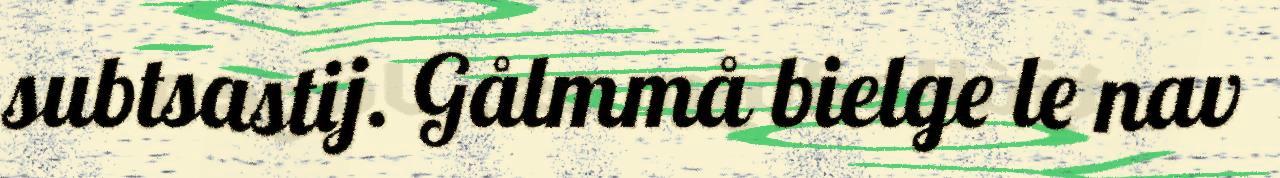
subtsastij. Gålmmå bielge le nav